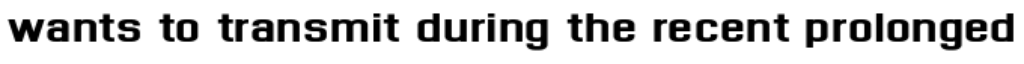
wants to transmit during the recent prolonged